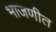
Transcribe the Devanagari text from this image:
भाजणीत